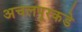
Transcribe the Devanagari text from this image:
अचलपूरकडे